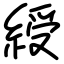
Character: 綬